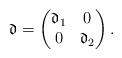
LaTeX: \begin{align*}\mathfrak{d}=\begin{pmatrix}\mathfrak{d}_1&0\\0& \mathfrak{d}_2\end{pmatrix}.\end{align*}